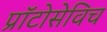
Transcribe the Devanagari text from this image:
प्राॅटोसेविच